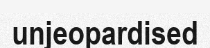
unjeopardised